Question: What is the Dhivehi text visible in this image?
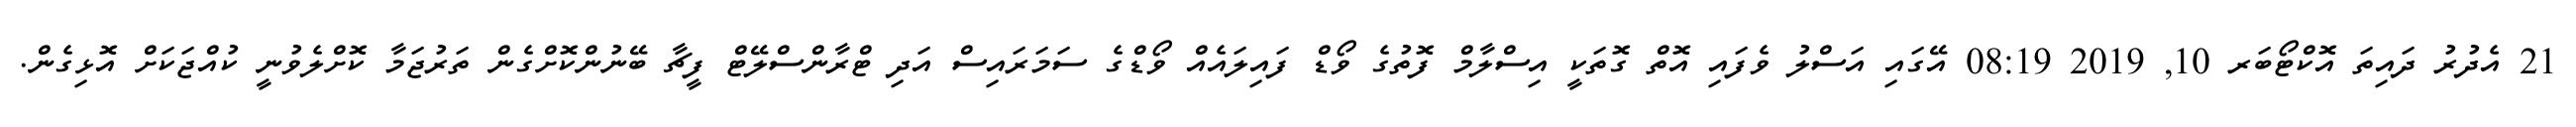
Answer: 21 އެދުރު ދައިތަ އޮކްޓޯބަރ 10, 2019 08:19 އޭގައި އަސްލު ވެފައި އޮތް ގޮތަކީ އިސްލާމް ފޮތުގެ ވޯޑް ފައިލައެއް ވޯޑްގެ ސަމަރައިސް އަދި ޓްރާންސްލޭޓް ފީޗާ ބޭނުންކޮށްގެން ތަރުޖަމާ ކޮށްލެވުނީ ކުއްޖަކަށް އޮޅިގެން.